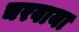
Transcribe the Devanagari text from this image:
चरवाया